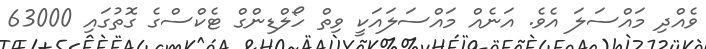
ވެއްދި މައްސަލަ އެވެ. އަނެއް މައްސަލައަކީ ވިތް ހޯލްޑިންގް ޓެކްސްގެ ގޮތުގައި 63000